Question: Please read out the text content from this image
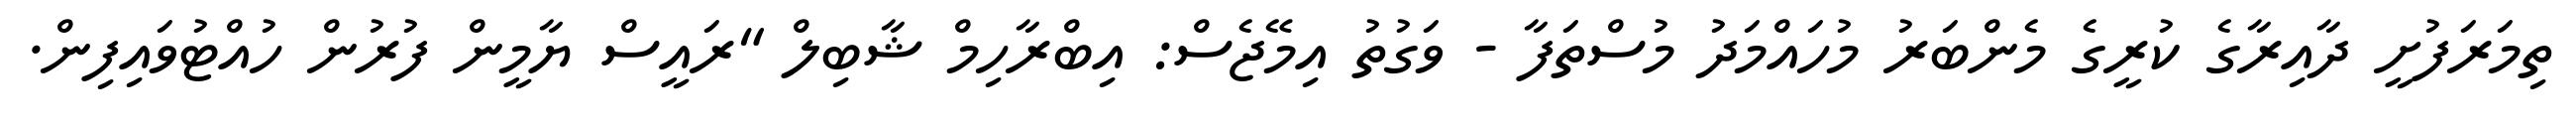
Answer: ތިމަރަފުށީ ދާއިރާގެ ކުރީގެ މެންބަރު މުހައްމަދު މުސްތަފާ - ވަގުތު އިމޭޖެސް: އިބްރާހިމް ޝާބިލް "ރައީސް ޔާމީން ފުރުން ހުއްޓުވައިފިން.